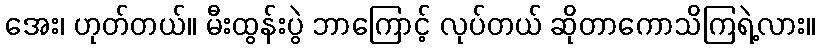
အေး၊ ဟုတ်တယ်။ မီးထွန်းပွဲ ဘာကြောင့် လုပ်တယ် ဆိုတာကောသိကြရဲ့လား။